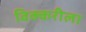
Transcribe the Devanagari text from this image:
विक्करीला